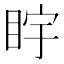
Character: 𪾩